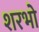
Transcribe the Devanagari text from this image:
शरभो